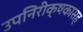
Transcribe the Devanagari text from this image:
उपनिरीक्षकासह